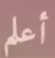
أعلم